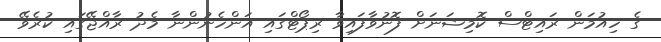
ގެ ހިއުމަން ރައިޓްސް ކޮމިޝަނަށް ފޮނުވާފައިވާ ރިޕޯޓްގައި އަންހެނުންނާ މެދު ރާއްޖޭގައި ކުރެވޭ